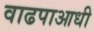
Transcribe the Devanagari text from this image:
वाढपाआधी